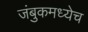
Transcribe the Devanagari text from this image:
जंबुकमध्येच